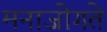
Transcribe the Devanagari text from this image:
मनाजोगते